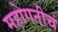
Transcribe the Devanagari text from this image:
महोगनीचं